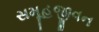
સમૂહજીવન